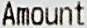
AMOUNT